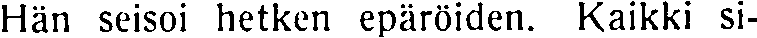
Hän seisoi hetken epäröiden. Kaikki si-